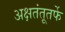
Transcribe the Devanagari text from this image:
अक्षतंतूतर्फे